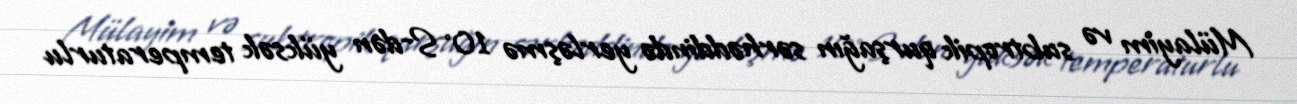
Mülayim və subtropik qurşağın sərhəddində yerləşmə 10°S-dən yüksək temperaturlu